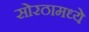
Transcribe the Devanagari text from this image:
सोरठामध्ये